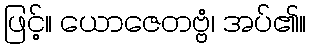
ဖြင့်။ ယောဇေတဗ္ဗံ၊ အပ်၏။